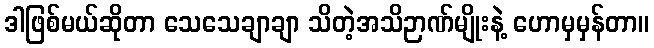
ဒါဖြစ်မယ်ဆိုတာ သေသေချာချာ သိတဲ့အသိဉာဏ်မျိုးနဲ့ ဟောမှမှန်တာ။